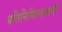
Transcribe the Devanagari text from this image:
प्रतिनिधित्यवादी